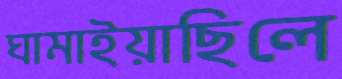
ঘামাইয়াছিলে